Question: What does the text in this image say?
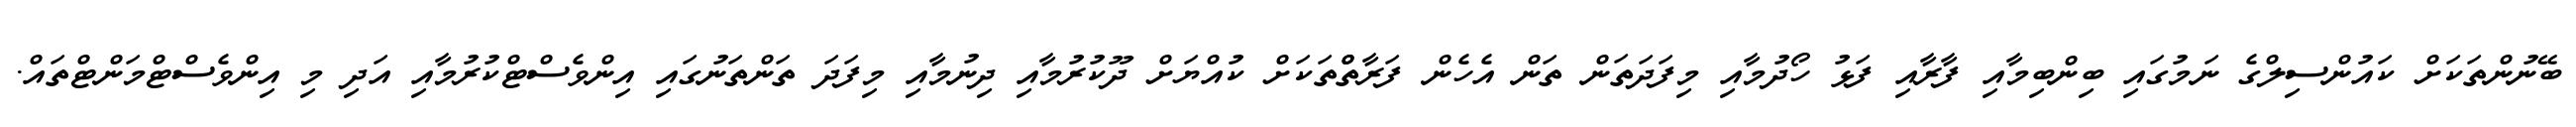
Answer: ބޭނުންތަކަށް ކައުންސިލްގެ ނަމުގައި ބިންބިމާއި ފާރާއި ފަޅު ހޯދުމާއި މިފަދަތަން ތަން އެހެން ފަރާތްްތަކަށް ކުއްޔަށް ދޫކުރުމާއި ދިނުމާއި މިފަދަ ތަންތަނުގައި އިންވެސްޓްކުރުމާއި އަދި މި އިންވެސްޓްމަންޓްތައް.